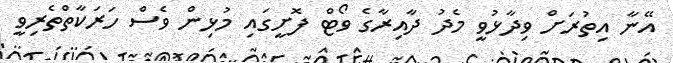
އޭނާ އިތުރަށް ވިދާޅުވީ މެދު ދާއިރާގެ ވޯޓް ފޮށީގައި މުޅިން ވެސް ހަރަކާތްތެރިވީ